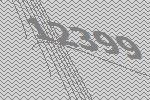
12399